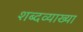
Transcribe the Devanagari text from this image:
शब्दव्याख्या